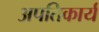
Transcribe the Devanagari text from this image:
अपतिकार्य